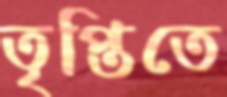
তৃপ্তিতে